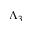
\Lambda _ { 3 }